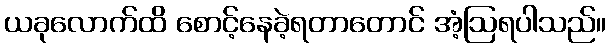
ယခုလောက်ထိ စောင့်နေခဲ့ရတာတောင် အံ့ဩရပါသည်။